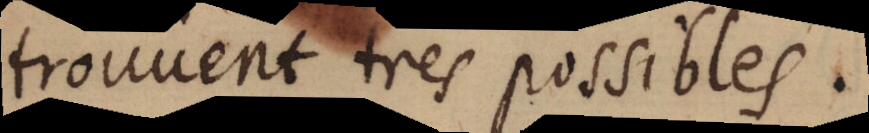
trouvent tres possibles.